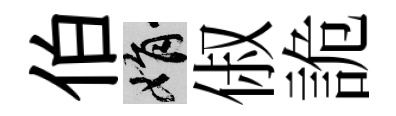
伯娟俶詭